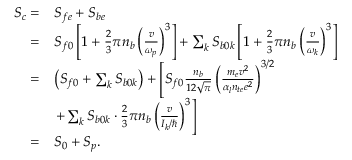
\begin{array} { r l } { S _ { c } = } & { S _ { f e } + S _ { b e } } \\ { = } & { S _ { f 0 } \left[ 1 + \frac { 2 } { 3 } \pi n _ { b } \left( \frac { v } { \omega _ { p } } \right) ^ { 3 } \right] + \sum _ { k } S _ { b 0 k } \left[ 1 + \frac { 2 } { 3 } \pi n _ { b } \left( \frac { v } { \omega _ { k } } \right) ^ { 3 } \right] } \\ { = } & { \left( S _ { f 0 } + \sum _ { k } S _ { b 0 k } \right) + \left[ S _ { f 0 } \frac { n _ { b } } { 1 2 \sqrt { \pi } } \left( \frac { m _ { e } v ^ { 2 } } { \alpha _ { l } n _ { t e } e ^ { 2 } } \right) ^ { 3 / 2 } \right. } \\ & { \left. + \sum _ { k } S _ { b 0 k } \cdot \frac { 2 } { 3 } \pi n _ { b } \left( \frac { v } { I _ { k } / \hbar } \right) ^ { 3 } \right] } \\ { = } & { S _ { 0 } + S _ { p } . } \end{array}